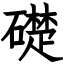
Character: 礎